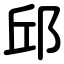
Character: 邱